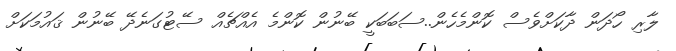
ލާރި ހޯދަން ދާކަށްވެސް ކޮންމެހެން..ސަބަބަކީ ބޭނުން ކޮންމެ އެއްޗެއް ސޭޓުގަނެދޭ ބޭނުން ޤައުމަކަށް